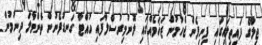
ޖިލާގެ ފައިތިލައިގައި ފިނިފެން ޖެހުމުން ޒަޚަމެއްގައި ލޮނުމިރުސްލާފައި ހުއްޓާ ގަނޑުފެނުން ތެންމާލަ ދިނުމުން